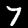
Label: 7